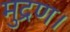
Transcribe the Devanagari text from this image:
मुद्रण।